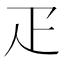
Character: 疋